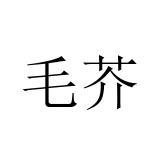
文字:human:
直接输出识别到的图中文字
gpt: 毛芥